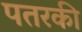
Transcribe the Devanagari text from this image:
पतरकी